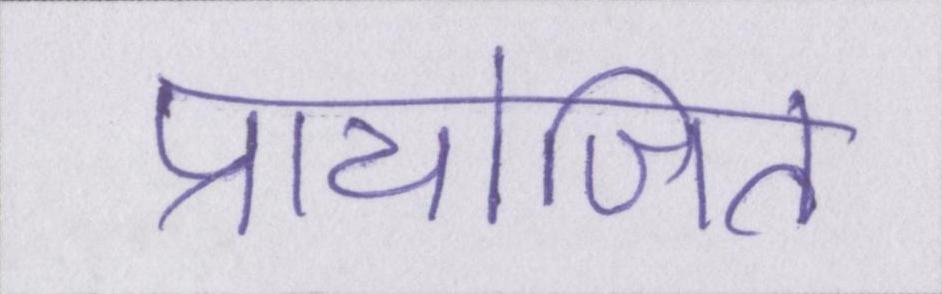
प्रायोजित